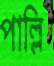
পাল্লি